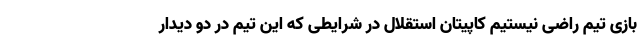
بازی تیم راضی نیستیم کاپیتان استقلال در شرایطی که این تیم در دو دیدار